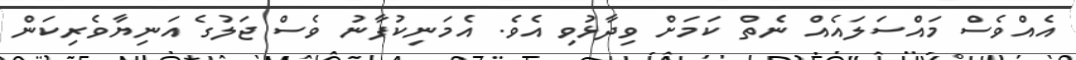
އެއްވެސް މައްސަލައެއް ނެތް ކަމަށް ވިދާޅުވި އެވެ. އެމަނިކުފާނު ވެސް ޖަލުގެ އަނިޔާވެރިކަން